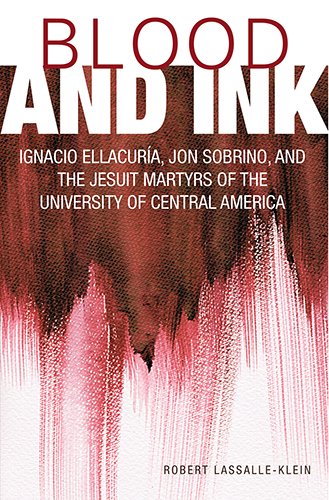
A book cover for Blood and Ink: Ignacio Ellacuria, Jon Sobrino, and the Jesuit Martyrs of the University of Central America; Robert Lassalle-Klein; Christian Books & Bibles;